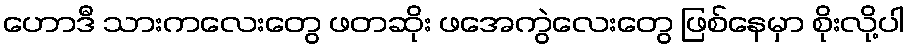
ဟောဒီ သားကလေးတွေ ဖတဆိုး ဖအေကွဲလေးတွေ ဖြစ်နေမှာ စိုးလို့ပါ